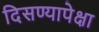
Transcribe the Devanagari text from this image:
दिसण्यापेक्षा